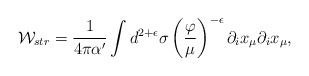
\begin{align*}{\cal W}_{str}=\frac{1}{4\pi\alpha'}\int d^{2+\epsilon}\sigma\left(\frac{\varphi}{\mu}\right)^{-\epsilon} \partial_i x_\mu \partial_i x_\mu, \end{align*}